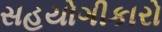
સહયોગીકારો